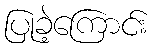
ပြုခဲ့ကြောင်း